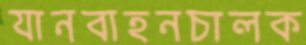
যানবাহনচালক